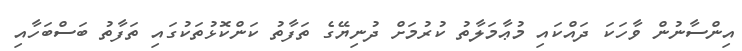
އިންސާނުން ވާހަކަ ދައްކައި މުޢާމަލާތު ކުރުމަށް ދުނިޔޭގެ ތަފާތު ކަންކޮޅުތަކުގައި ތަފާތު ބަސްބަހާއި